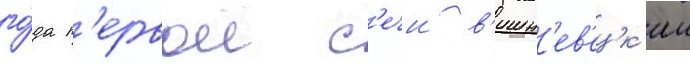
го́да п'ервои с'ечи в'ишн'ев'ецк'ии